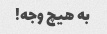
به هیچ وجه!